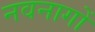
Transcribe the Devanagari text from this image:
नवनागों